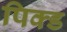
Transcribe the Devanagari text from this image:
पिक्ड